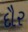
દૌર